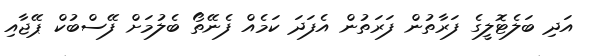
އަދި ބަލެޓޮލީގެ ފަރާތުން ފަރަތުން އެފަދަ ކަމެއް ފެނޭތޯ ބެލުމަށް ފޭސްބުކް ޕޭޖާއި